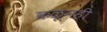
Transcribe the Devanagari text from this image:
कळूनही